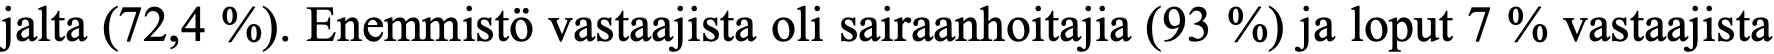
jalta (72,4 %). Enemmistö vastaajista oli sairaanhoitajia (93 %) ja loput 7 % vastaajista